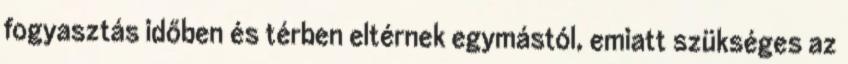
fogyasztás időben és térben eltérnek egymástól, emiatt szükséges az